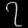
Digit: ၇